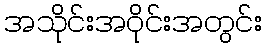
အသိုင်းအဝိုင်းအတွင်း